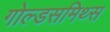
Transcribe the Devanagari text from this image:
गोल्डसमिथ्स